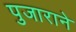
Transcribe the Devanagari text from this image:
पुजाराने